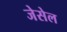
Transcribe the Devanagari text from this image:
जेसेल